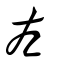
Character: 左